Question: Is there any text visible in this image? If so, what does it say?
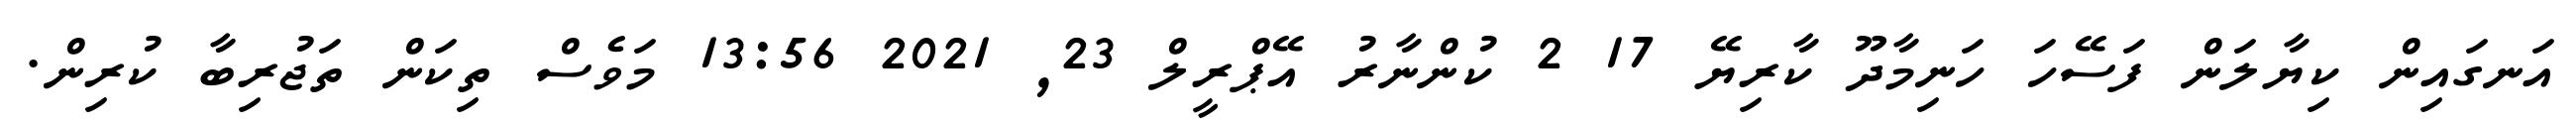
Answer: އަނގައިން ކިޔާލަން ފަސޭހަ ހަނިމާދޫ ކާރިޔޭ 17 2 ކުންނާރު އޭޕްރީލް 23, 2021 13:56 މަވެސް ތިކަން ތަޖުރިބާ ކުރިން.